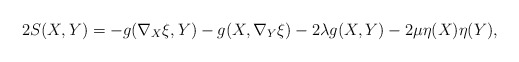
\begin{align*}2S(X,Y)=-g(\nabla_X\xi,Y)-g(X,\nabla_Y\xi)-2\lambda g(X,Y)-2\mu\eta(X)\eta(Y),\end{align*}